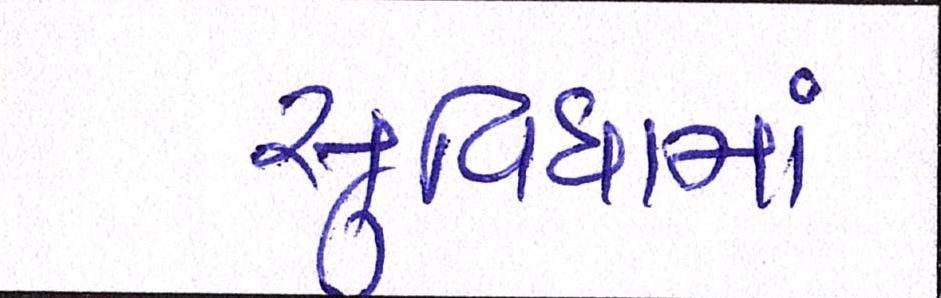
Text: સુવિધામાં